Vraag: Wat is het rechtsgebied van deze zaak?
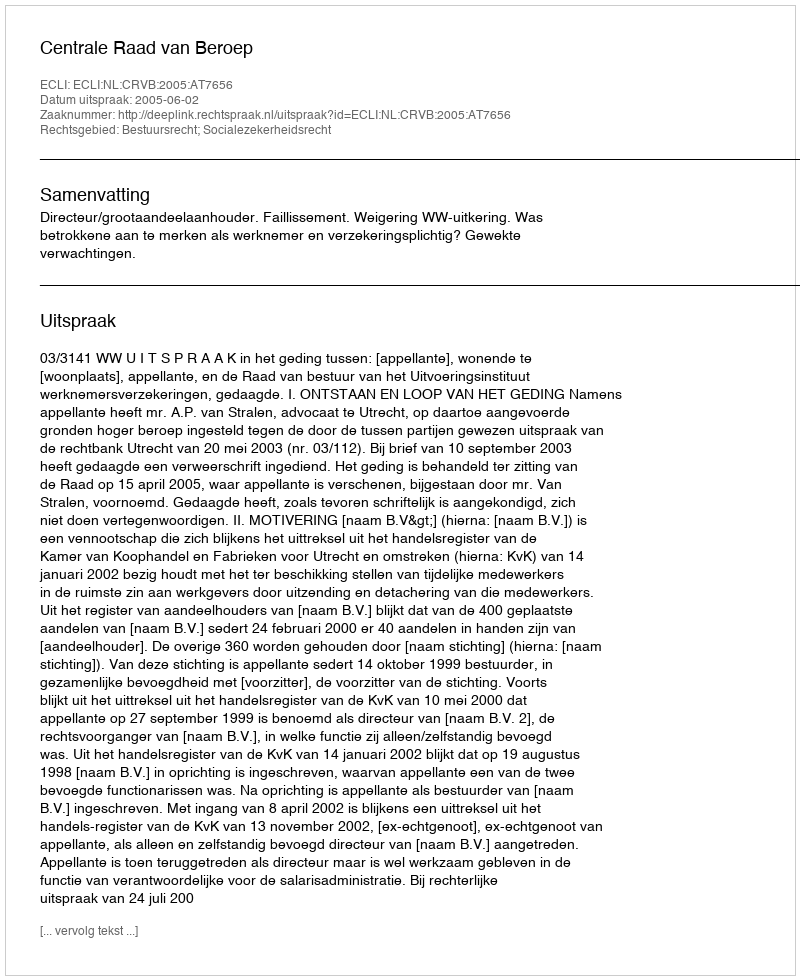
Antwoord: Bestuursrecht; Socialezekerheidsrecht